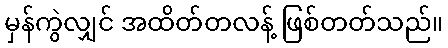
မှန်ကွဲလျှင် အထိတ်တလန့် ဖြစ်တတ်သည်။